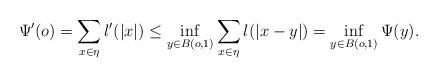
LaTeX: \begin{align*}\Psi'(o)=\sum_{x\in \eta}l'(|x|)\leq \inf_{y\in B(o,1)}\sum_{x\in \eta}l(|x-y|)=\inf_{y\in B(o,1)}\Psi(y).\end{align*}